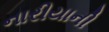
નારીયાની